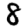
Digit: 8